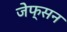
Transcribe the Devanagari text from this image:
जेफ्सन